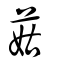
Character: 菇